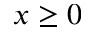
x \ge 0